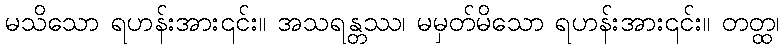
မသိသော ရဟန်းအား၎င်း။ အသရန္တဿ၊ မမှတ်မိသော ရဟန်းအား၎င်း။ တတ္ထ၊